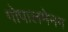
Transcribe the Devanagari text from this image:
गोपालमेनन